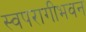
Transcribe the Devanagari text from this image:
स्वपरागीभवन